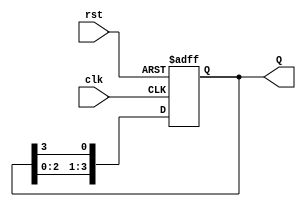
module ring_counter #(
    parameter N = 4  // Number of states (or flip-flops)
)(
    input wire clk,      // Clock signal
    input wire rst,      // Asynchronous reset signal
    output reg [N-1:0] Q // N-bit output representing the current state
);

// Initial state: Only the least significant bit is set to '1'
initial begin
    Q = 1'b1; // Starting condition for the ring counter
end

// Always block triggered on the rising edge of the clock or reset
always @(posedge clk or posedge rst) begin
    if (rst) begin
        // On reset, initialize to the starting state
        Q <= 1'b1; // Set the first flip-flop to '1'
    end else begin
        // Shift the '1' to the left, wrapping around
        Q <= {Q[N-2:0], Q[N-1]}; // Shift left and wrap the last bit
    end
end

endmodule